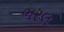
ભરલ